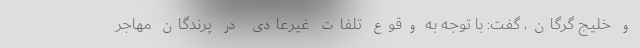
و خلیج گرگان، گفت: با توجه به وقوع تلفات غیرعادی در پرندگان مهاجر